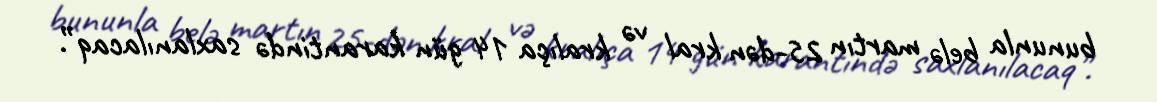
bununla belə martın 25-dən kral və kralıça 14 gün karantində saxlanılacaq”.